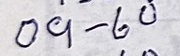
09 - 60